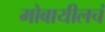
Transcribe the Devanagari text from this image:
मोबायीलचं